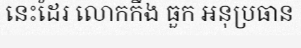
នេះដែរ លោកកឹង ធួក អនុប្រធាន